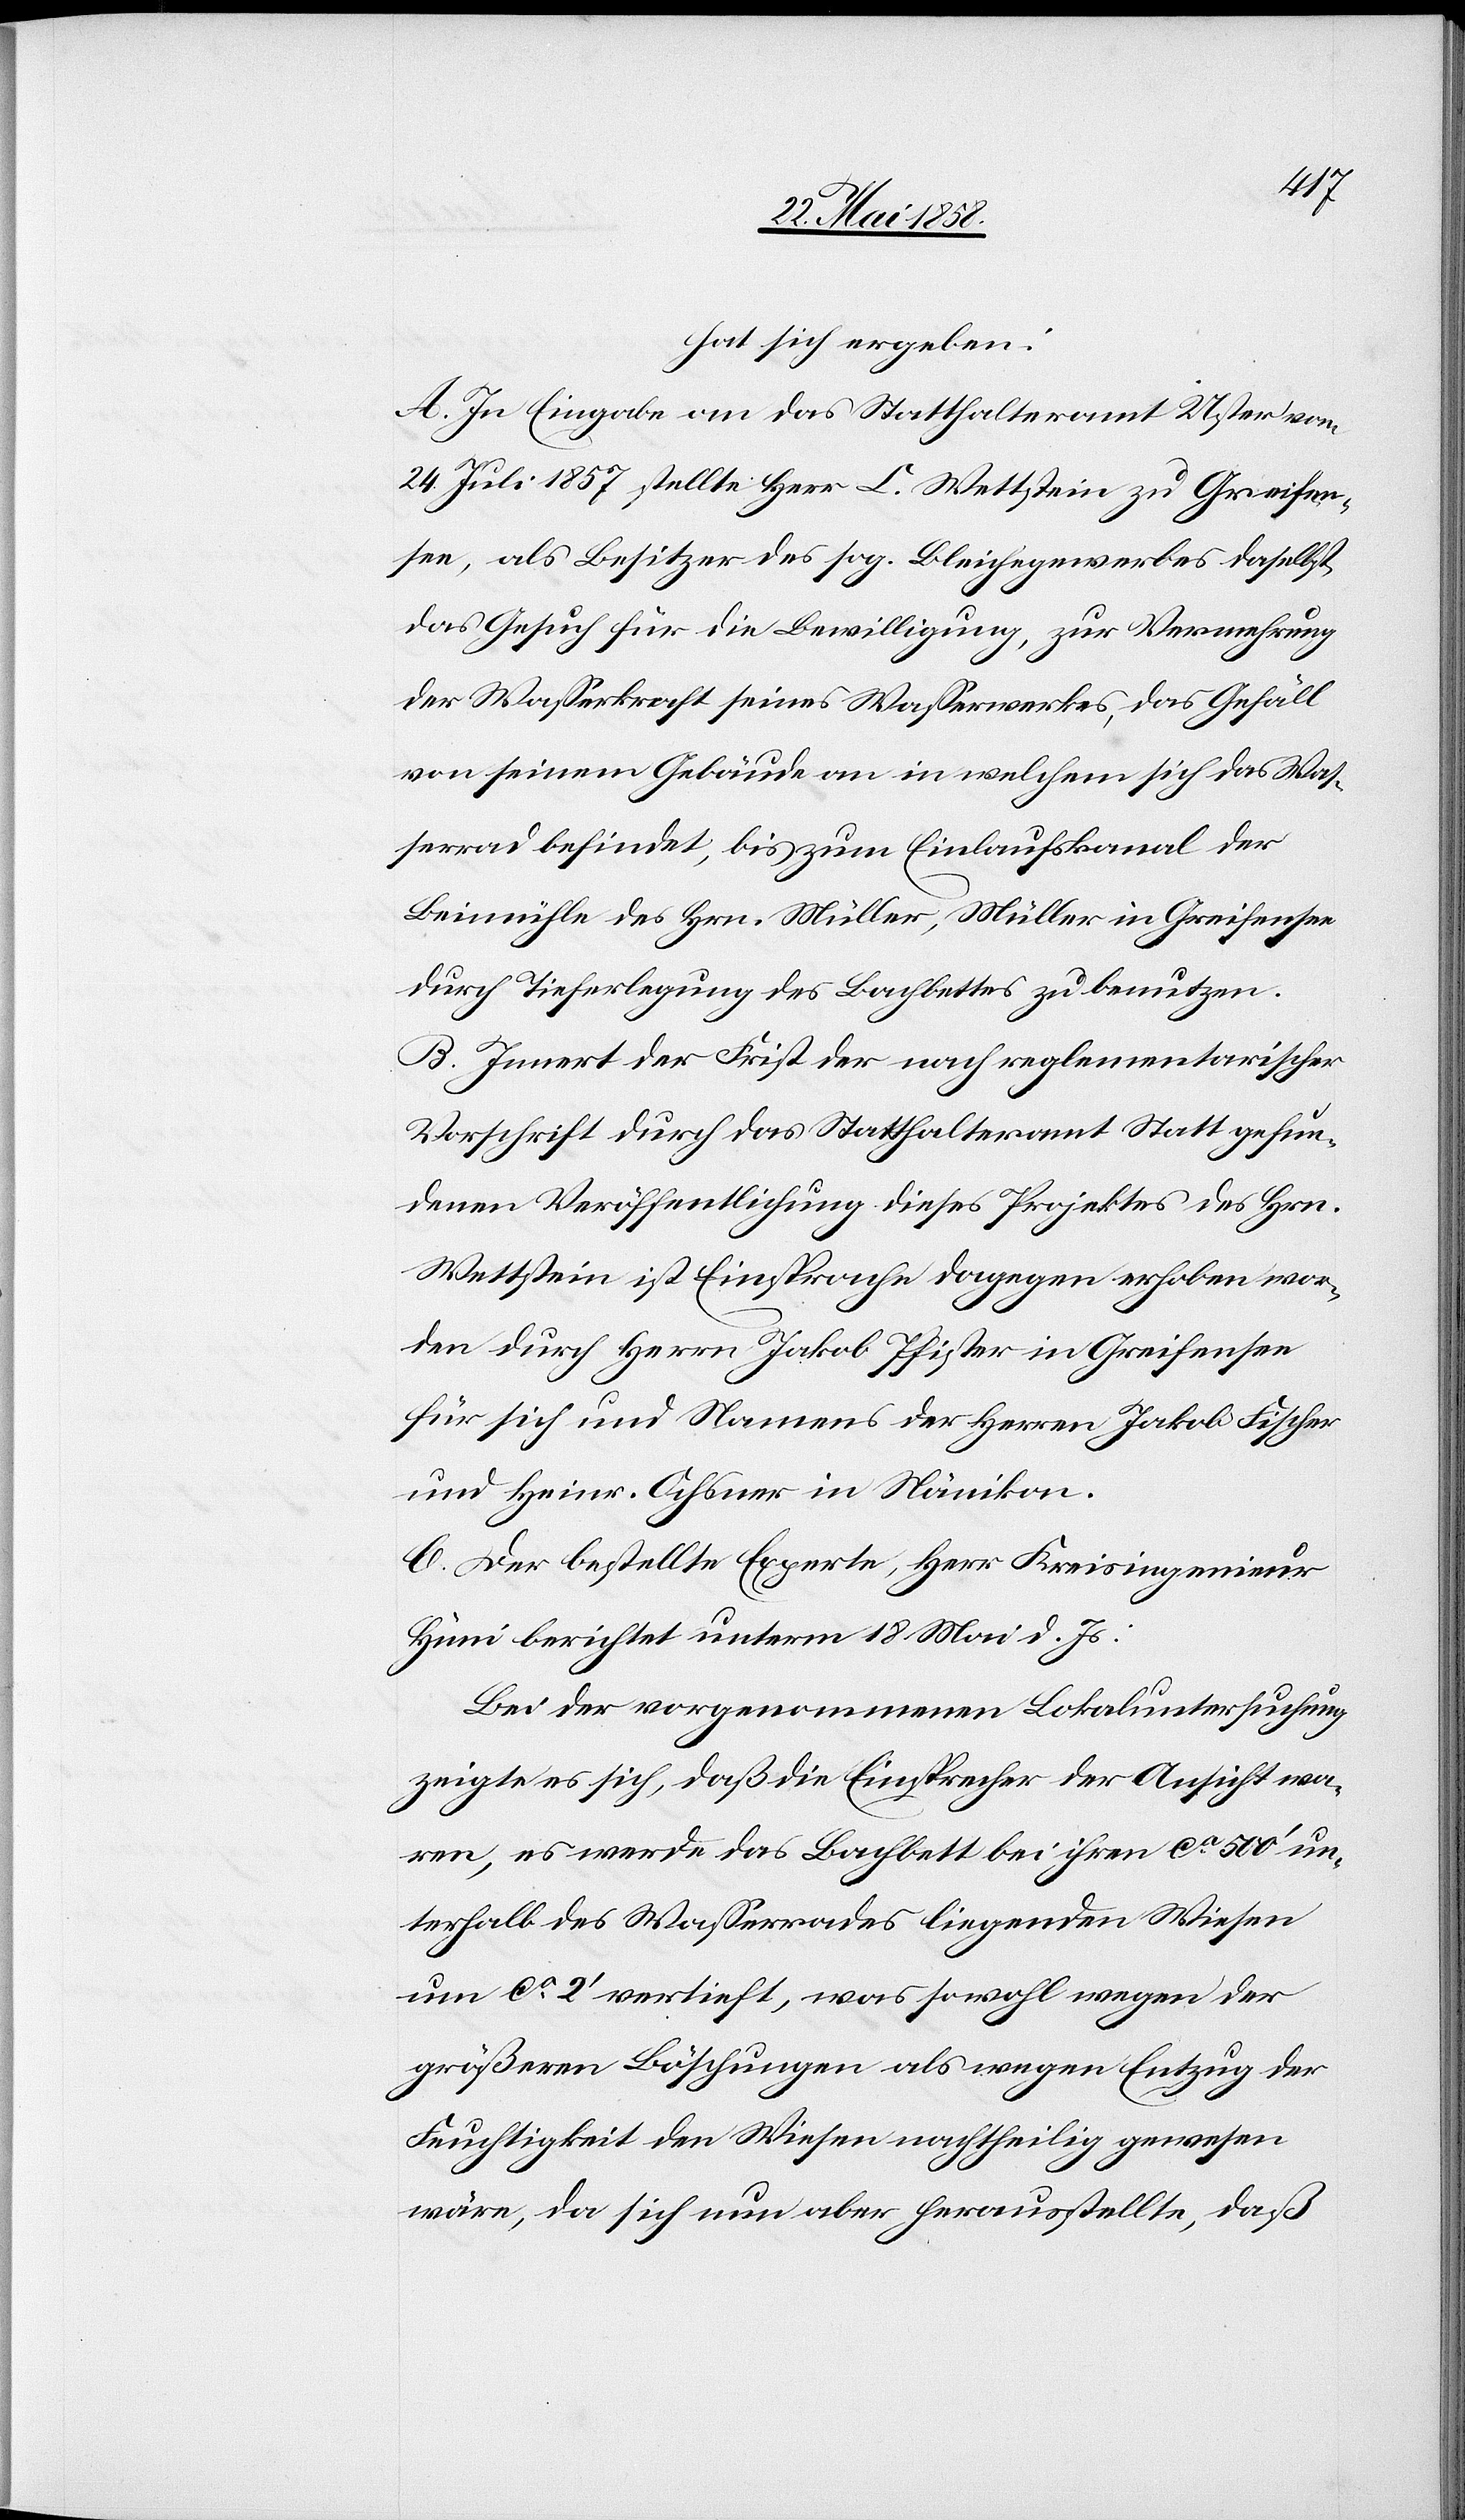
hat sich ergeben:
A. In Eingabe an das Statthalteramt Uster vom
24. Juli 1857, stellt Herr C. Wettstein zu Greifen¬
see, als Besitzer des sog. Bleichegewerbes daselbst,
das Gesuch für die Bewilligung, zur Vermehrung
der Wasserkraft seines Wasserwerkes, das Gefäll
von seinem Gebäude an in welchem sich das Was¬
serrad befindet, bis zum Einlaufskanal der
Beimühle des Hrn. Müller, Müller in Greifensee
durch Tieferlegung des Bachbettes zu benutzen.
B. Innert der Frist der nach reglementarischer
Vorschrift durch das Statthalteramt Statt gefun¬
denen Veröffentlichung dieses Projektes des Hrn.
Wettstein ist Einsprache dagegen erhoben wor¬
den durch Herrn Jakob Pfister in Greifensee
für sich und Namens der Herren Jakob Fischer
und Heinr. Ochsner in Nänikon.
C. Der bestellte Experte, Herr Kreisingenieur
Hüni berichtet unterm 18. Mai d. Js.:
Bei der vorgenommenen Lokaluntersuchung
zeigte es sich, daß die Einsprecher der Ansicht wa¬
ren, es werde das Bachbett bei ihren ca 500’ un¬
terhalb des Wasserrades liegenden Wiesen
um ca 2’ vertieft, was sowohl wegen der
größeren Böschungen als wegen Entzug der
Feuchtigkeit den Wiesen nachtheilig gewesen
wäre, da sich nun aber herausstellte, daß